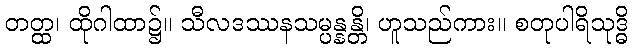
တတ္ထ၊ ထိုဂါထာ၌။ သီလဒဿနသမ္ပန္နန္တိ၊ ဟူသည်ကား။ စတုပါရိသုဒ္ဓိ